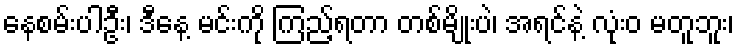
နေစမ်းပါဦး၊ ဒီနေ့ မင်းကို ကြည့်ရတာ တစ်မျိုးပဲ၊ အရင်နဲ့ လုံးဝ မတူဘူး၊